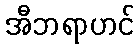
အီဘရာဟင်